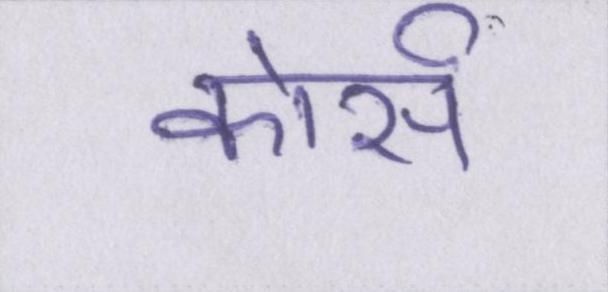
कोर्स